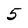
Character: 5